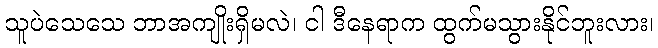
သူပဲသေသေ ဘာအကျိုးရှိမလဲ၊ ငါ ဒီနေရာက ထွက်မသွားနိုင်ဘူးလား၊